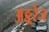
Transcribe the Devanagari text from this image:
अङ्ररेज